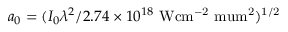
a _ { 0 } = ( I _ { 0 } \lambda ^ { 2 } / 2 . 7 4 \times 1 0 ^ { 1 8 } \mathrm { ~ W c m ^ { - 2 } \ m u m ^ { 2 } ) ^ { 1 / 2 } }